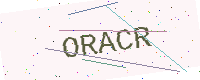
Text: ORACR